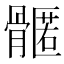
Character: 𮪳